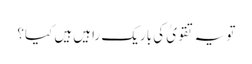
تو یہ تقویٰ کی باریک راہیں ہیں کیا؟